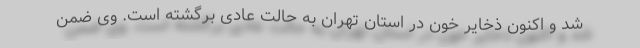
شد و اکنون ذخایر خون در استان تهران به حالت عادی برگشته است. وی ضمن